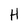
Character: H